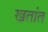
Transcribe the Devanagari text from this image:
खतांत